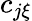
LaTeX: c_{j\xi}